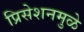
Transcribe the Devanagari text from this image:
प्रिसेशनमुळे